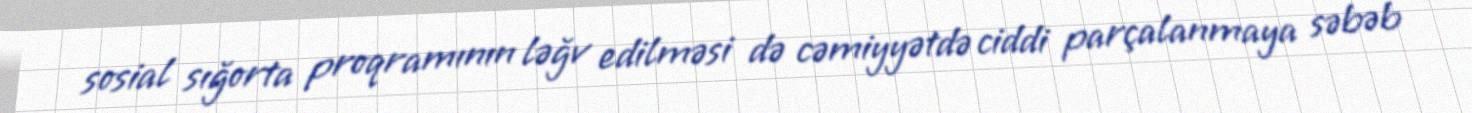
sosial sığorta proqramının ləğv edilməsi də cəmiyyətdə ciddi parçalanmaya səbəb